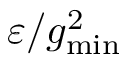
\varepsilon / g _ { \mathrm { m i n } } ^ { 2 }